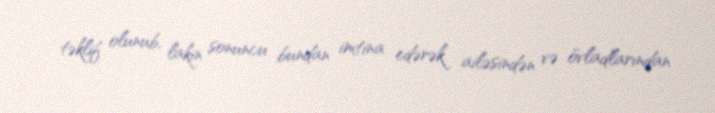
təklif olunub, lakin sonuncu bundan imtina edərək ailəsindən və övladlarından